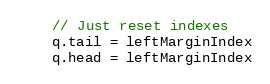
Language: Go
	// Just reset indexes
	q.tail = leftMarginIndex
	q.head = leftMarginIndex